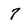
Character: 7